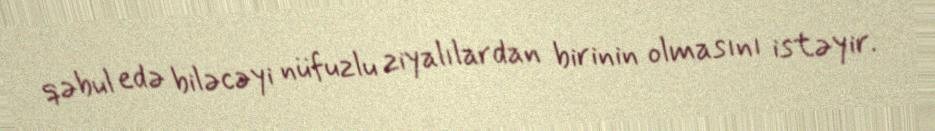
qəbul edə biləcəyi nüfuzlu ziyalılardan birinin olmasını istəyir.